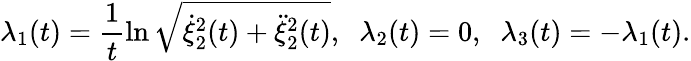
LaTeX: \lambda_{1}(t)=\frac{1}{t}\ln\sqrt{\dot{\xi}_{2}^{2}(t)+\ddot{\xi}_{2}^{2}(t)},\; \; \lambda_{2}(t)=0,\; \; \lambda_{3}(t)=-\lambda_{1}(t).